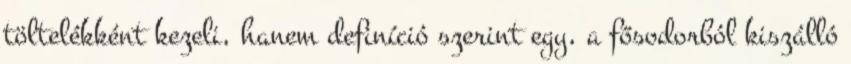
töltelékként kezeli, hanem definíció szerint egy, a fősodorból kiszálló